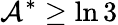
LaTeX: \mathcal{A}^{\ast}\geq\ln 3